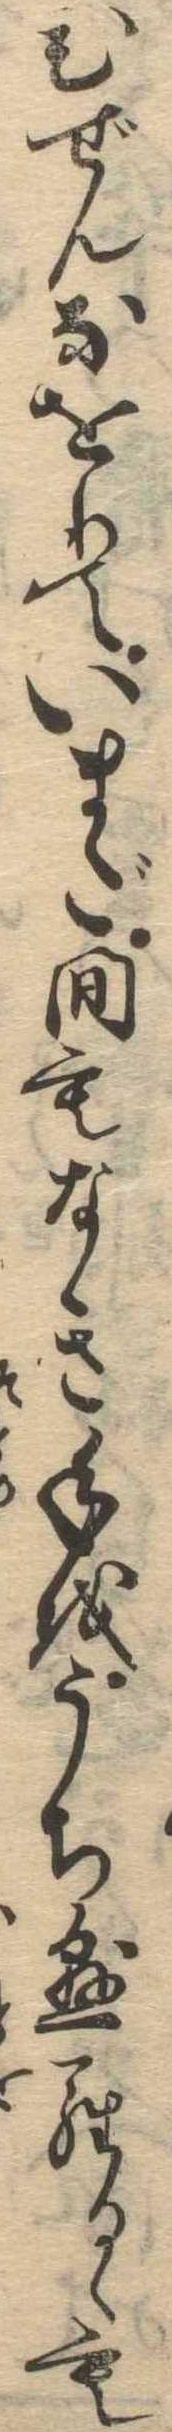
ひぜんなをりていまだ間もなき手をうち懸らるゝも